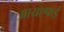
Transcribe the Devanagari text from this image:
आयएफई